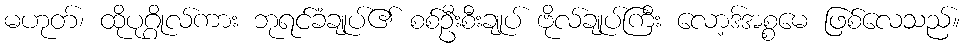
မဟုတ်၊ ထိုပုဂ္ဂိုလ်ကား ဘုရင်ခံချုပ်၏ စစ်ဦးစီးချုပ် ဗိုလ်ချုပ်ကြီး လော့ဒ်အစ္စမေ ဖြစ်လေသည်။